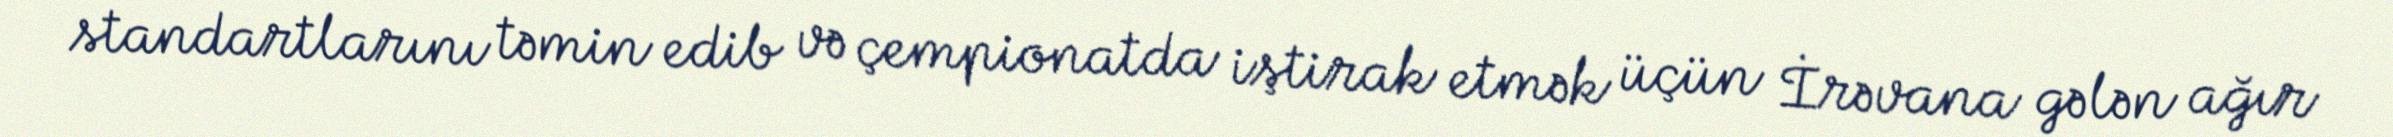
standartlarını təmin edib və çempionatda iştirak etmək üçün İrəvana gələn ağır